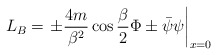
\begin{align*}L_{B}=\left. \pm \frac{4m}{\beta ^{2}}\cos \frac{\beta }{2}\Phi \pm \bar{\psi }\psi \right| _{x=0}\end{align*}